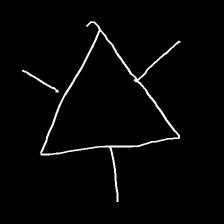
Glyph: fire